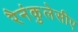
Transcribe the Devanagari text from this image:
रैनंकुलेसीए